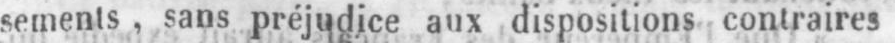
sements, sans préjudice aux dispositions contraires